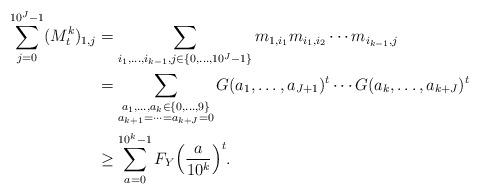
LaTeX: \begin{align*}\sum_{j=0}^{10^J-1}(M_{t}^k)_{1,j}&=\sum_{i_1,\dots,i_{k-1},j\in\{0,\dots,10^J-1\}}m_{1,i_1}m_{i_1,i_2}\cdots m_{i_{k-1},j}\\&=\sum_{\substack{a_1,\dots,a_k\in\{0,\dots,9\}\\ a_{k+1}=\dots =a_{k+J}=0}}G(a_1,\dots,a_{J+1})^t\cdots G(a_k,\dots,a_{k+J})^t\\&\ge \sum_{a=0}^{10^k-1}F_Y\Bigl(\frac{a}{10^k}\Bigr)^t.\end{align*}